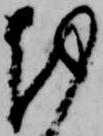
越